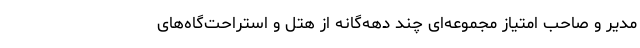
مدیر و صاحب امتیاز مجموعه‌ای چند دهه‌گانه از هتل و استراحت‌گاه‌های